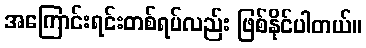
အကြောင်းရင်းတစ်ရပ်လည်း ဖြစ်နိုင်ပါတယ်။